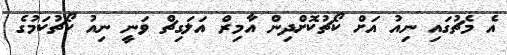
އެ މެޗުގައި ނިއު އަށް ކޯޗުކޮށްދިން އާމިރް އަލަގިޗް ވަނީ ނިއު ކޯޗުކަމުގެ